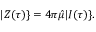
| Z ( \tau ) \} = 4 \pi \hat { \mu } | I ( \tau ) \} .